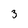
Character: 3